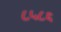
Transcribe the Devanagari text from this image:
८५८६